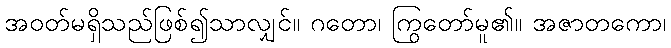
အဝတ်မရှိသည်ဖြစ်၍သာလျှင်။ ဂတော၊ ကြွတော်မူ၏။ အဇာတကော၊